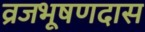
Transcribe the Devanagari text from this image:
व्रजभूषणदास